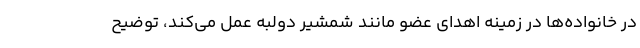
در خانواده‌ها در زمینه اهدای عضو مانند شمشیر دولبه عمل می‌کند،‌ توضیح